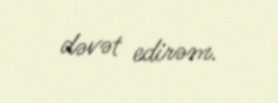
dəvət edirəm.